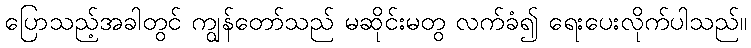
ပြောသည့်အခါတွင် ကျွန်တော်သည် မဆိုင်းမတွ လက်ခံ၍ ရေးပေးလိုက်ပါသည်။